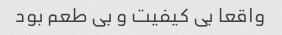
واقعا بی کیفیت و بی طعم بود